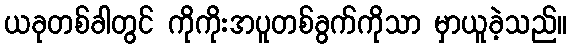
ယခုတစ်ခါတွင် ကိုကိုးအပူတစ်ခွက်ကိုသာ မှာယူခဲ့သည်။